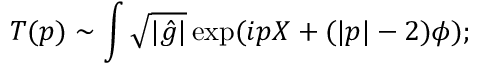
T ( p ) \sim \int \sqrt { | { \hat { g } } | } \exp ( i p X + ( | p | - 2 ) \phi ) ;